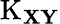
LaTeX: \operatorname{K}_{\mathbf{XY}}